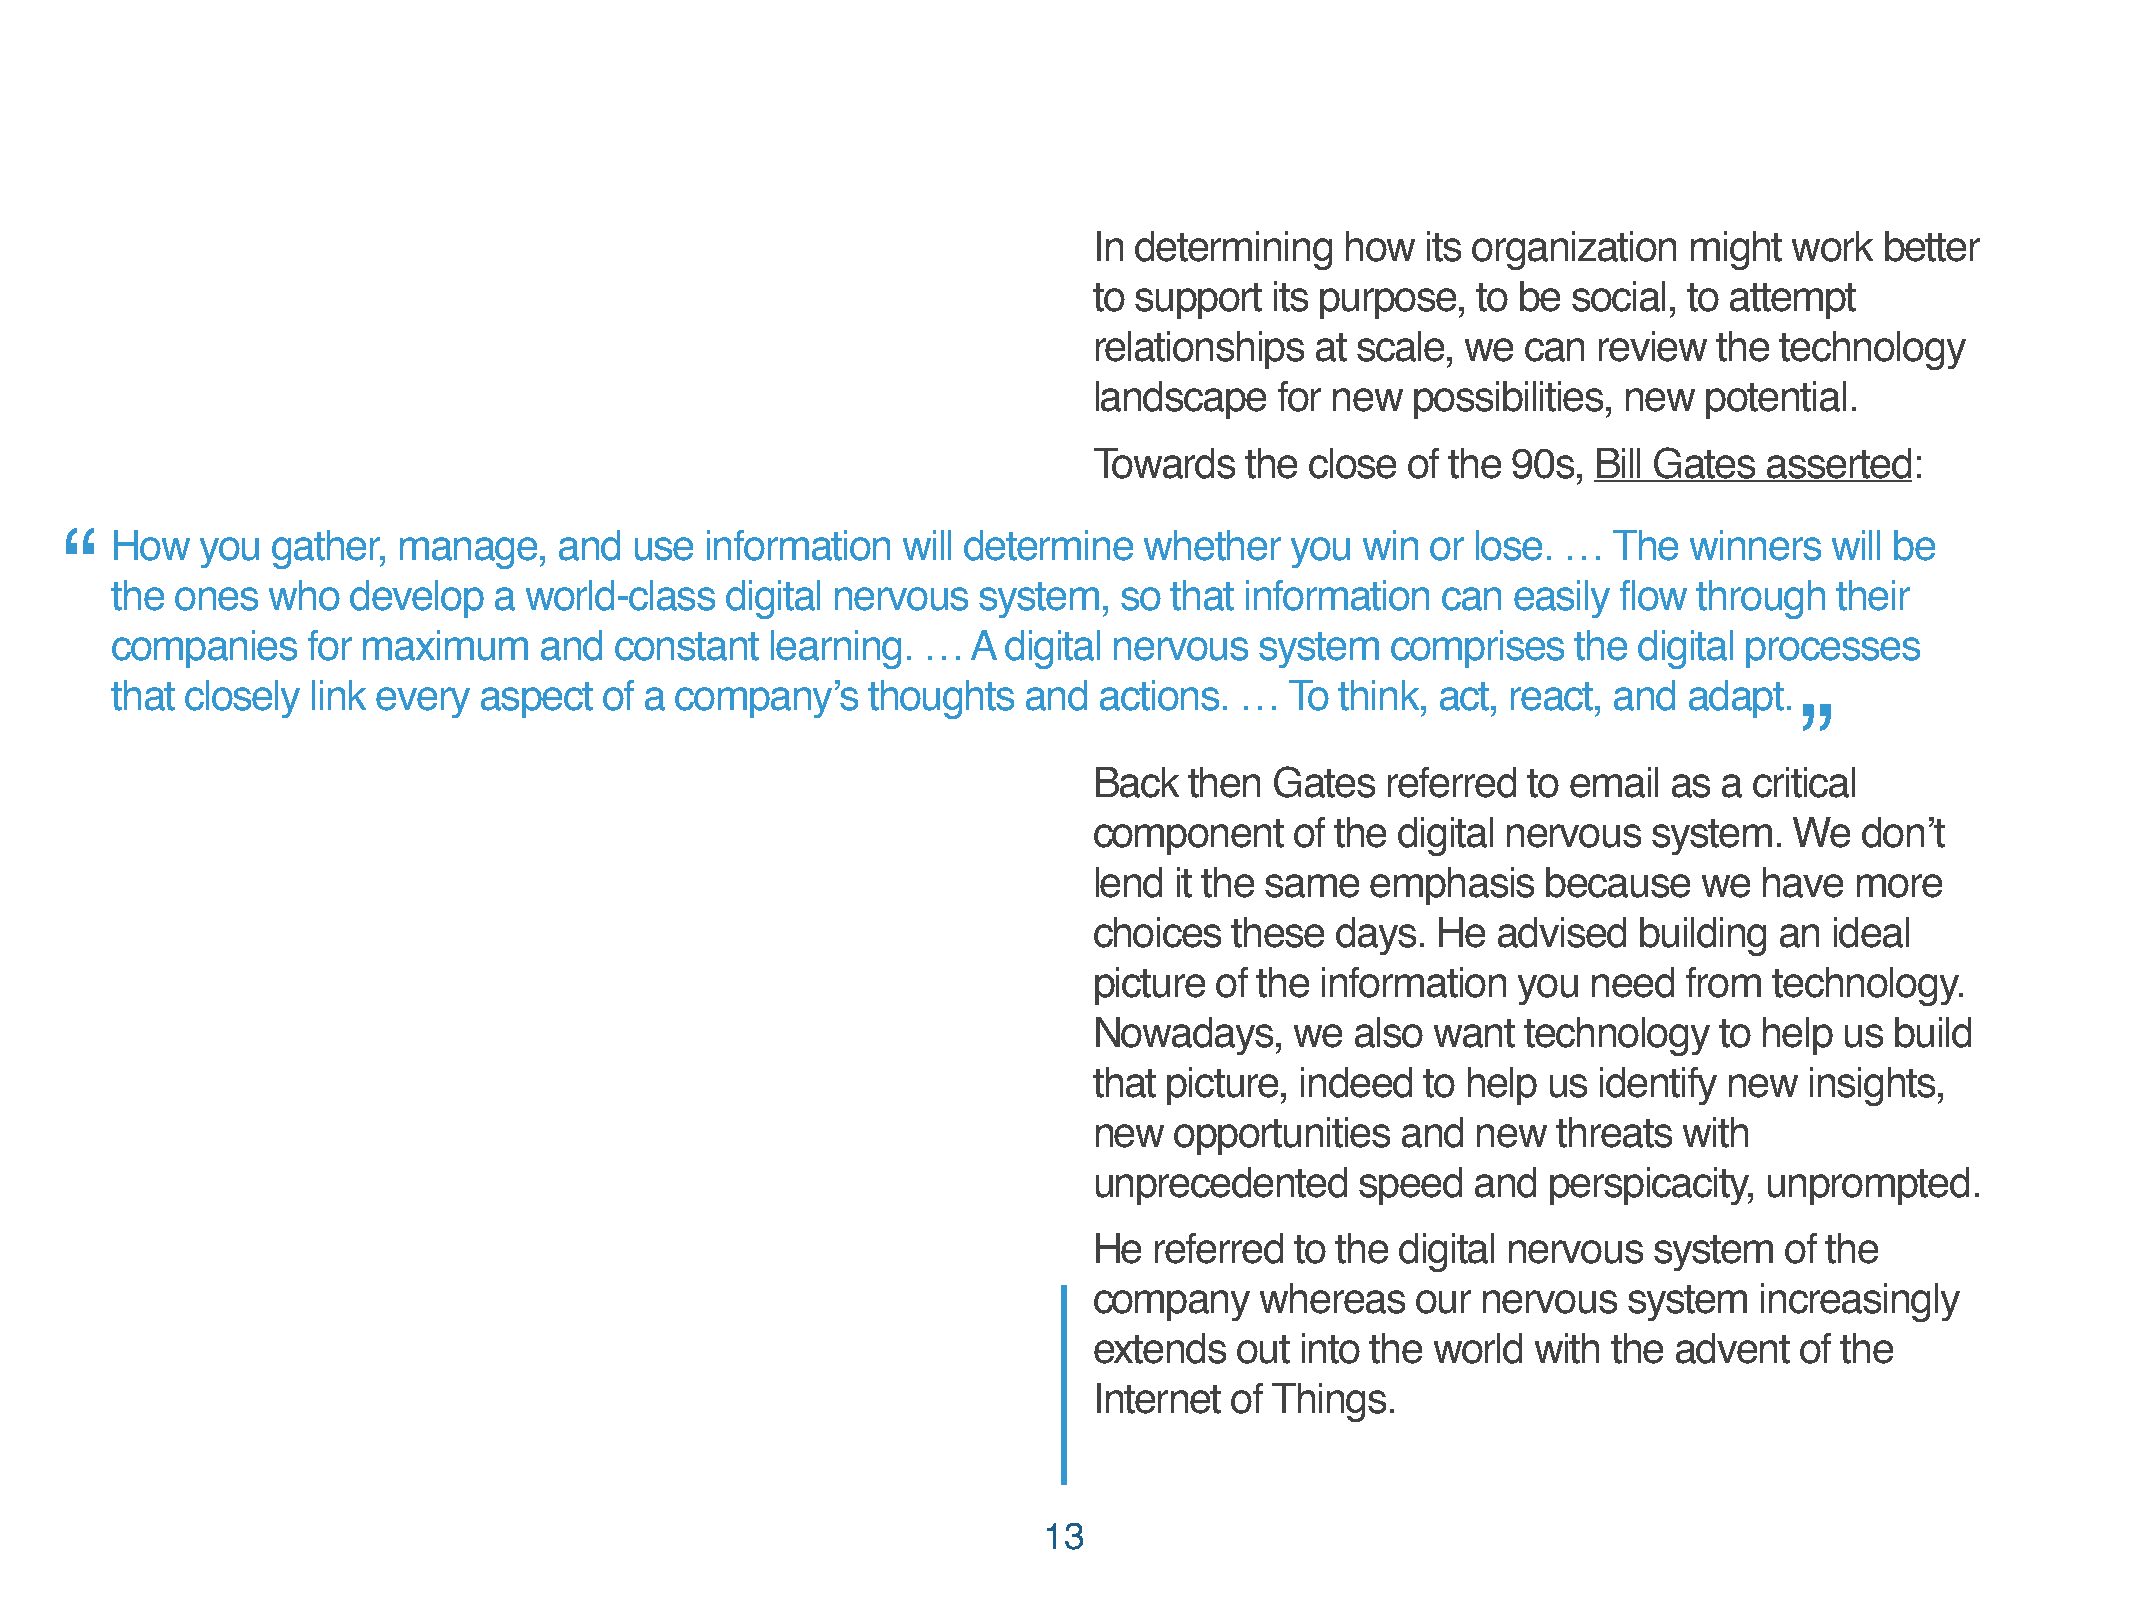
In determining   how  its organization  might  work  better
 to support  its purpose,  to be social, to attempt
 relationships  at scale, we  can  review  the technology
 landscape    for new possibilities, new  potential.
 Towards   the  close of the 90s,  Bill Gates asserted:
 “  How   you  gather, manage,    and  use  information  will determine  whether  you  win  or lose. …  The  winners  will be
 the  ones  who  develop   a world-class  digital nervous  system,  so that information  can  easily flow through   their
 companies    for maximum     and  constant  learning. …  A  digital nervous system   comprises   the digital processes
 that closely link every  aspect  of a company’s   thoughts   and  actions. …  To  think, act, react, and adapt.
 ”
 Back   then Gates   referred to email  as a critical
 component     of the digital nervous system.   We  don’t
 lend  it the same  emphasis   because    we  have  more
 choices   these days.  He  advised  building  an ideal
 picture of the information  you  need   from technology.
 Nowadays,     we  also want  technology   to help us build
 that picture, indeed  to help us  identify new  insights,
 new   opportunities  and  new  threats with
 unprecedented     speed   and  perspicacity, unprompted.
 He  referred  to the digital nervous system   of the
 company    whereas    our nervous   system  increasingly
 extends   out into the world  with the advent  of the
 Internet of Things.
 13